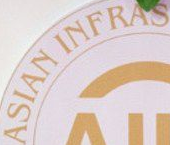
ASIAN INFRAS